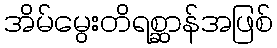
အိမ်မွေးတိရစ္ဆာန်အဖြစ်